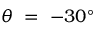
\theta ~ = ~ - 3 0 ^ { \circ }